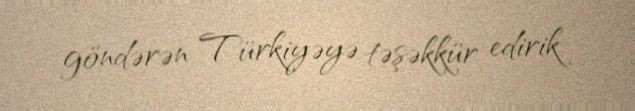
göndərən Türkiyəyə təşəkkür edirik.